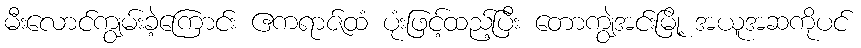
မီးလောင်ကျွမ်းခဲ့ကြောင်း ဧကရာဇ်ထံ ပုံးဖြင့်ထည့်ပြီး တောကျွဲအင်းမြို့ အယူအဆကိုပင်